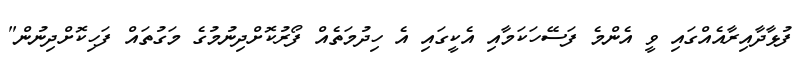
ފުޅާދާއިރާއެއްގައި ވީ އެންމެ ފަސޭހަކަމާއި އެކީގައި އެ ހިދުމަތެއް ފޯރުކޮށްދިނުމުގެ މަގުތައް ފަހިކޮށްދިނުން"